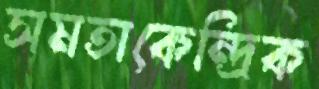
সমতাকেন্দ্রিক